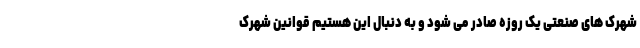
شهرک های صنعتی یک روزه صادر می شود و به دنبال این هستیم قوانین شهرک